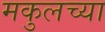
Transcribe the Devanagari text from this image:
मकुलच्या